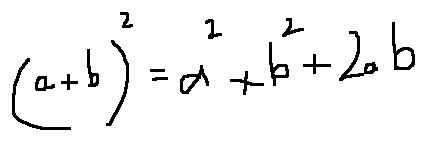
( a + b ) ^ { 2 } = a ^ { 2 } + b ^ { 2 } + 2 a b